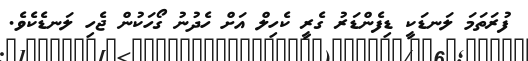
ފުރަތަމަ ލަނޑަކީ ޑިފެންޑަރު ގެރީ ކެހިލް އަށް ހެދުނު ގޯހަކުން ޖެހި ލަނޑެކެވެ.